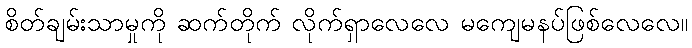
စိတ်ချမ်းသာမှုကို ဆက်တိုက် လိုက်ရှာလေလေ မကျေမနပ်ဖြစ်လေလေ။